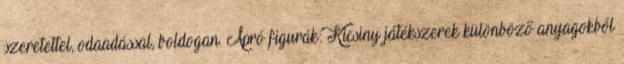
szeretettel, odaadással, boldogan. Apró figurák: Kicsiny játékszerek különböző anyagokból